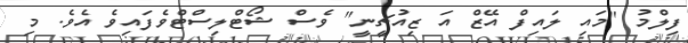
ފިލްމު "މައި ލައިފް އޭޒް އަ ޒިއުޗީނީ" ވެސް ޝޯޓްލިސްޓްވެފައިވެ އެވެ. މި